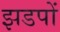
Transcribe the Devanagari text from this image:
झडपों